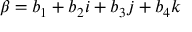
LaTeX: \beta = b _ { 1 } + b _ { 2 } i + b _ { 3 } j + b _ { 4 } k